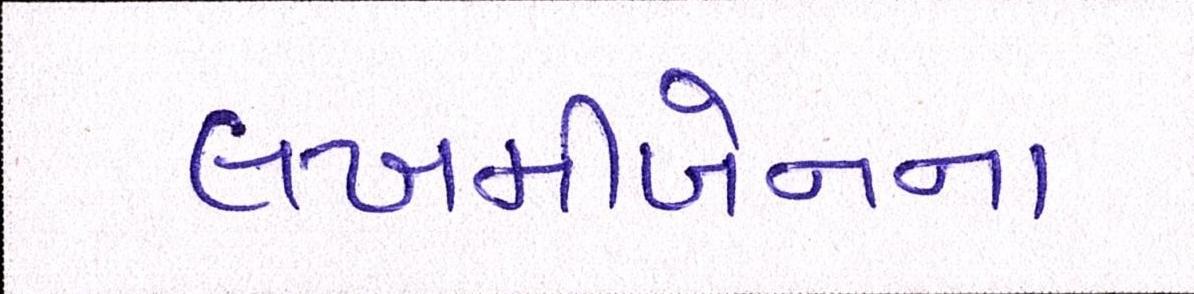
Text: લખમીબેનના